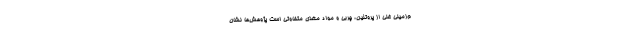
م‌زمینی غنی از پروتئین، چربی و مواد مغذی متفاوتی است پژوهش‌ها نشان